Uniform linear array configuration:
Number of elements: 32
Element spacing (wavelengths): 0.25
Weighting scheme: hamming
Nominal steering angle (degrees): -60
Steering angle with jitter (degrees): -60.926
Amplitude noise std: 0.05
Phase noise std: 0.05

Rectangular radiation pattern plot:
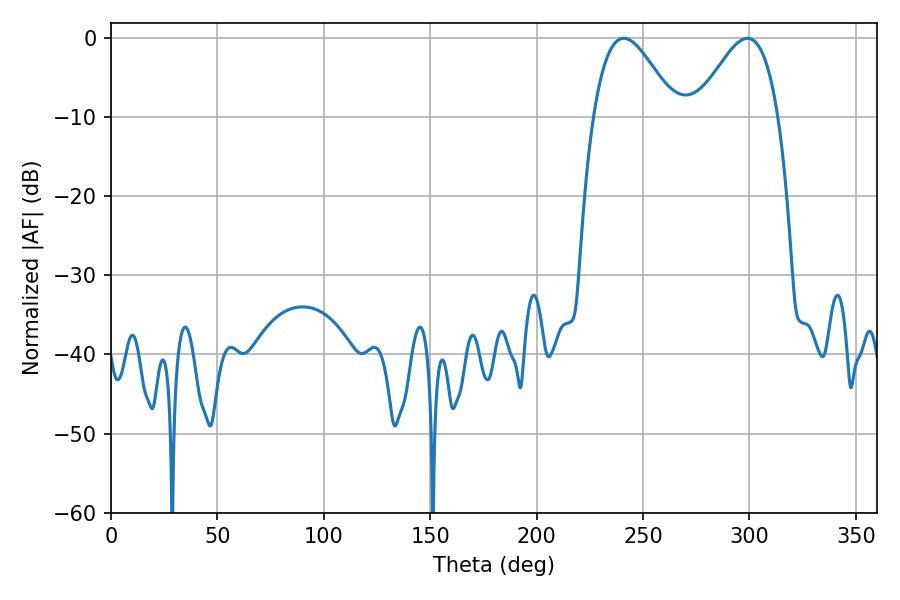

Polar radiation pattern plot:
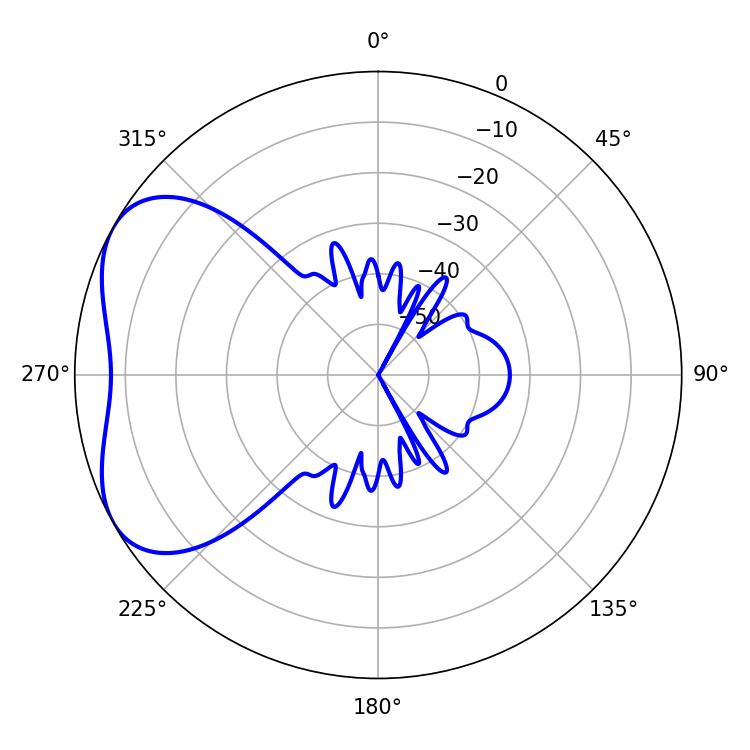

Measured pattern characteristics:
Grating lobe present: FALSE
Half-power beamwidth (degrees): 20.7
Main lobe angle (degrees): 241.02